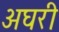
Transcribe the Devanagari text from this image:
अघरी